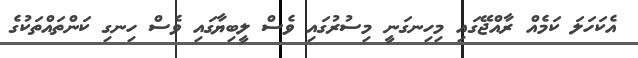
އެކަހަލަ ކަމެއް ރާއްޖޭގައި މިހިނގަނީ މިސުރުގައި ވެސް ލީބިޔާގައި ވެސް ހިނގި ކަންތައްތަކުގެ